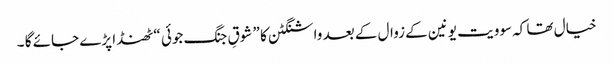
خیال تھا کہ سوویت یونین کے زوال کے بعد واشنگٹن کا ” شوقِ جنگ جوئی “ ٹھنڈا پڑے جائے گا ۔